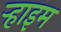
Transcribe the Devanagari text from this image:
ऱ्हाइम